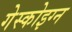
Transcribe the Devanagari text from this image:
गेस्कोइग्न